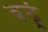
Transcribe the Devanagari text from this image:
बढ़ूं